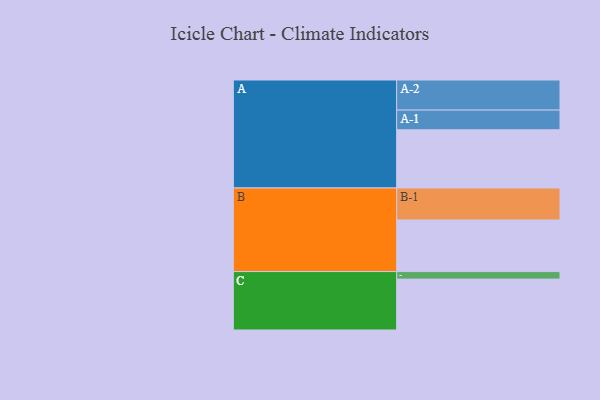
{"axis": {"x": "Segment", "y": "Value"}, "legend": ["", "A", "B", "C"], "data": [{"x": "A", "y": 532, "type": ""}, {"x": "B", "y": 472, "type": ""}, {"x": "C", "y": 465, "type": ""}, {"x": "A-1", "y": 180, "type": "A"}, {"x": "A-2", "y": 275, "type": "A"}, {"x": "B-1", "y": 292, "type": "B"}, {"x": "C-1", "y": 69, "type": "C"}]}